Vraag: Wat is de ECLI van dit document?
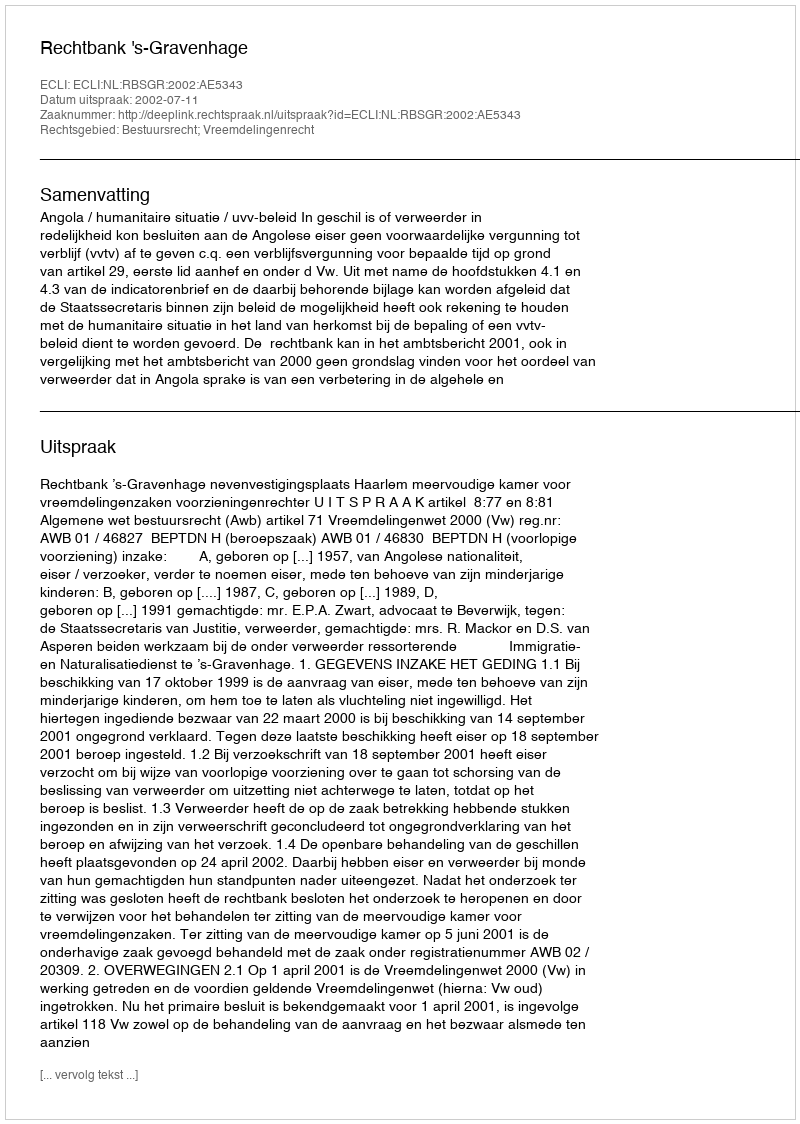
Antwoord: ECLI:NL:RBSGR:2002:AE5343